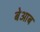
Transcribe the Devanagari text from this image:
बेआब